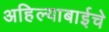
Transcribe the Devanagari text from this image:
अहिल्याबाईचे